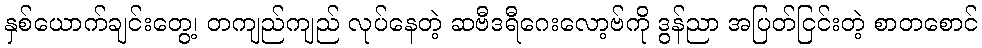
နှစ်ယောက်ချင်းတွေ့၊ တကျည်ကျည် လုပ်နေတဲ့ ဆဗီဒရီဂေးလော့ဗ်ကို ဒွန်ညာ အပြတ်ငြင်းတဲ့ စာတစောင်